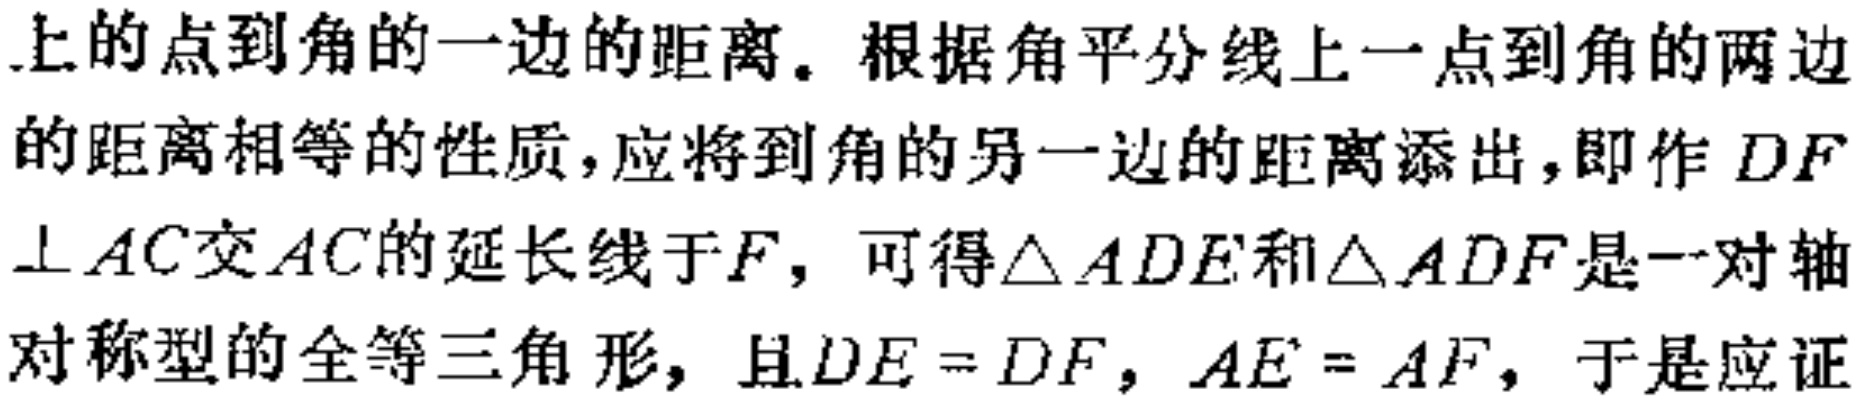
上的点到角的一边的距离。根据角平分线上一点到角的两边的距离相等的性质，应将到角的另一边的距离添出，即作 \(DF\perp AC\) 交 \(AC\) 的延长线于 \(F\)，可得\(\triangle ADE\)和\(\triangle ADF\)是一对轴对称型的全等三角形，且\(DE = DF\)，\(AE = AF\)，于是应证